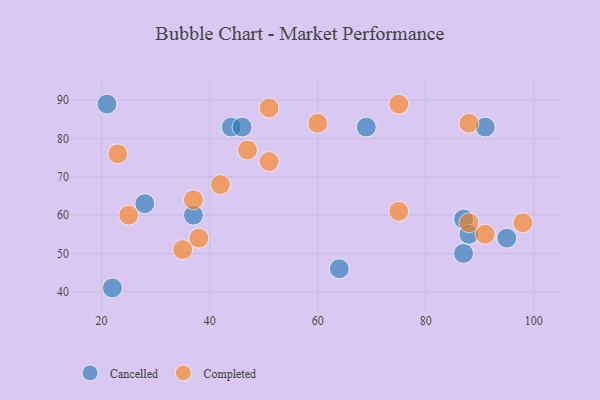
{"axis": {"x": "GDP", "y": "Life Expectancy"}, "legend": ["Cancelled", "Completed"], "data": [{"x": "22", "y": 41, "type": "Cancelled"}, {"x": "28", "y": 63, "type": "Cancelled"}, {"x": "87", "y": 59, "type": "Cancelled"}, {"x": "44", "y": 83, "type": "Cancelled"}, {"x": "46", "y": 83, "type": "Cancelled"}, {"x": "37", "y": 60, "type": "Cancelled"}, {"x": "91", "y": 83, "type": "Cancelled"}, {"x": "95", "y": 54, "type": "Cancelled"}, {"x": "21", "y": 89, "type": "Cancelled"}, {"x": "69", "y": 83, "type": "Cancelled"}, {"x": "88", "y": 55, "type": "Cancelled"}, {"x": "87", "y": 50, "type": "Cancelled"}, {"x": "64", "y": 46, "type": "Cancelled"}, {"x": "38", "y": 54, "type": "Completed"}, {"x": "75", "y": 61, "type": "Completed"}, {"x": "91", "y": 55, "type": "Completed"}, {"x": "98", "y": 58, "type": "Completed"}, {"x": "42", "y": 68, "type": "Completed"}, {"x": "75", "y": 89, "type": "Completed"}, {"x": "25", "y": 60, "type": "Completed"}, {"x": "60", "y": 84, "type": "Completed"}, {"x": "23", "y": 76, "type": "Completed"}, {"x": "88", "y": 84, "type": "Completed"}, {"x": "51", "y": 88, "type": "Completed"}, {"x": "35", "y": 51, "type": "Completed"}, {"x": "47", "y": 77, "type": "Completed"}, {"x": "88", "y": 58, "type": "Completed"}, {"x": "51", "y": 74, "type": "Completed"}, {"x": "37", "y": 64, "type": "Completed"}]}